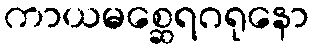
ကာယမစ္ဆေရဂရုနော